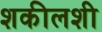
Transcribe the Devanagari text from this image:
शकीलशी